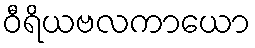
ဝီရိယဗလကာယော